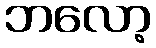
ဘလော့